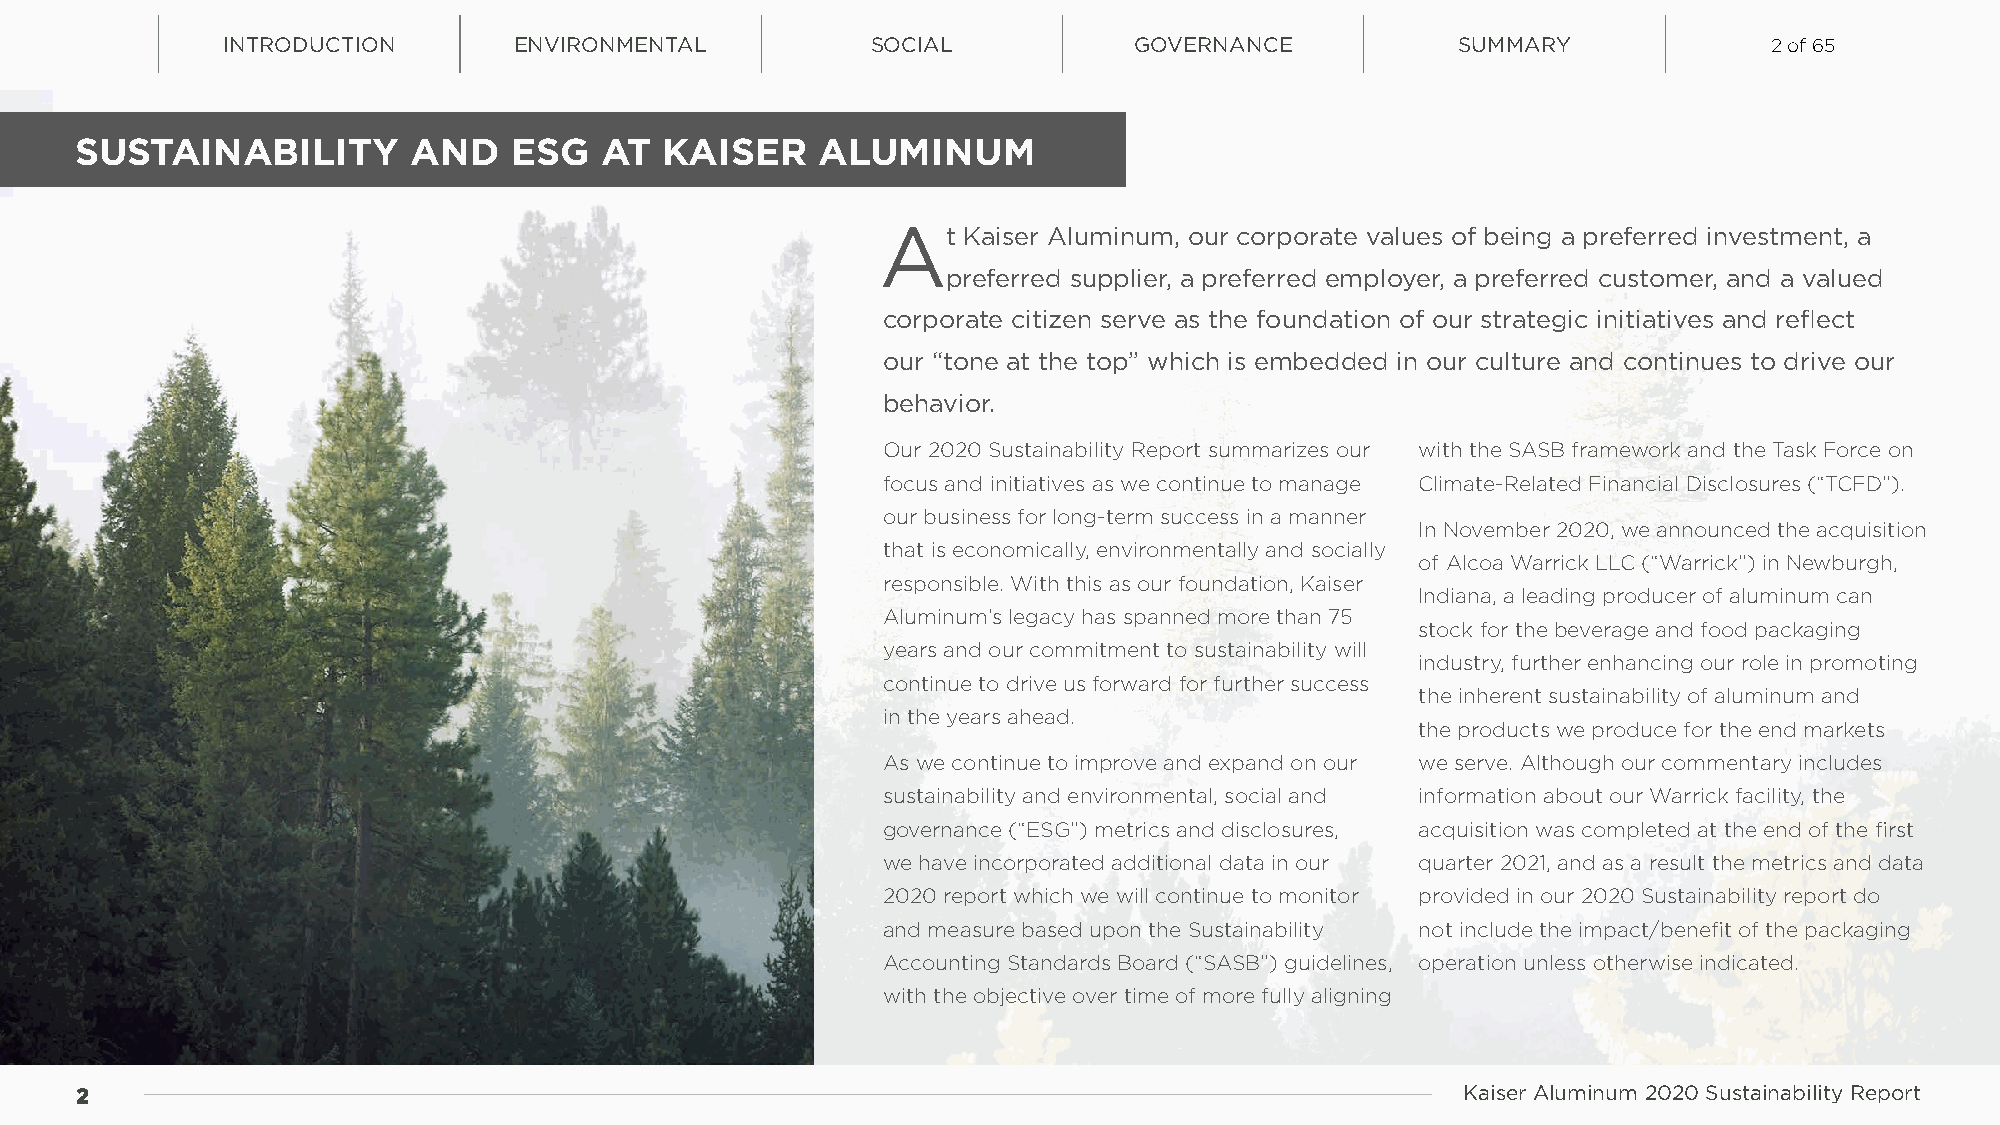
INTRODUCTION       ENVIRONMENTAL           SOCIAL           GOVERNANCE            SUMMARY             2 of 65
 SUSTAINABILITY        AND    ESG   AT  KAISER    ALUMINUM
 At    Kaiser Aluminum, our corporate values of being a preferred investment, a
 preferred supplier, a preferred employer, a preferred customer, and a valued
 corporate citizen serve as the foundation of our strategic initiatives and reflect
 our “tone at the top” which is embedded in our culture and continues to drive our
 behavior.
 Our 2020 Sustainability Report summarizes our with the SASB framework and the Task Force on
 focus and initiatives as we continue to manage Climate-Related Financial Disclosures (“TCFD”).
 our business for long-term success in a manner
 In November 2020, we announced the acquisition
 that is economically, environmentally and socially
 of Alcoa Warrick LLC (“Warrick”) in Newburgh,
 responsible. With this as our foundation, Kaiser
 Indiana, a leading producer of aluminum can
 Aluminum’s legacy has spanned more than 75
 stock for the beverage and food packaging
 years and our commitment to sustainability will
 industry, further enhancing our role in promoting
 continue to drive us forward for further success
 the inherent sustainability of aluminum and
 in the years ahead.
 the products we produce for the end markets
 As we continue to improve and expand on our we serve. Although our commentary includes
 sustainability and environmental, social and information about our Warrick facility, the
 governance (“ESG”) metrics and disclosures, acquisition was completed at the end of the first
 we have incorporated additional data in our quarter 2021, and as a result the metrics and data
 2020 report which we will continue to monitor provided in our 2020 Sustainability report do
 and measure based upon the Sustainability not include the impact/benefit of the packaging
 Accounting Standards Board (“SASB”) guidelines, operation unless otherwise indicated.
 with the objective over time of more fully aligning
 22                                                                                          Kaiser Aluminum 2020 Sustainability Report